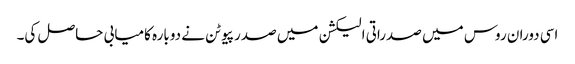
اسی دوران روس میں صدراتی الیکشن میں صدر پیوٹن نے دوبارہ کامیابی حاصل کی۔